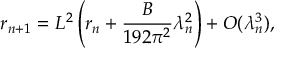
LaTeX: r _ { n + 1 } = L ^ { 2 } \left( r _ { n } + \frac { B } { 1 9 2 \pi ^ { 2 } } \lambda _ { n } ^ { 2 } \right) + O ( \lambda _ { n } ^ { 3 } ) ,